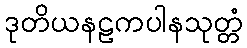
ဒုတိယနဠကပါနသုတ္တံ